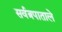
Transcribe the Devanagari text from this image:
सर्वत्रपाताले